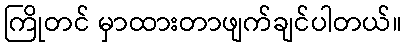
ကြိုတင် မှာထားတာဖျက်ချင်ပါတယ်။